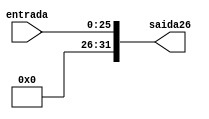
module Extensordebit26(entrada,saida26);

input [25:0] entrada;
output reg [31:0] saida26;

always @(*) begin

		saida26 = {{6{1'b0}}, entrada};
end

endmodule